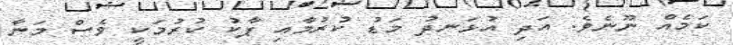
ކަމެއް ނޫނެވެ. އަދި އުޅަނދު މަޑު ކުރުމާއި ޕާކު ކުރުމަކީ ވެސް މަނާ